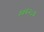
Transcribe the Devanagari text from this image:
५५६२८६